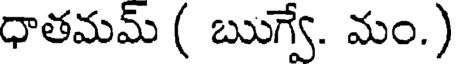
ధాతమమ్ ( ఋగ్వే. మం.)